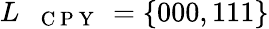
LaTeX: L_{\mathrm{~\texttt~{~C~P~Y~}~}}=\{ 000,111\}